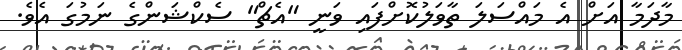
މާދަމާ އަށް އެ މައްސަލަ ތާވަލުކޮށްފައި ވަނީ "އެޗް" ސެކްޝަންގެ ނަމުގަ އެވެ.